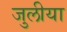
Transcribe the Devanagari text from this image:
जुलीया